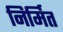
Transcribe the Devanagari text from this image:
निर्मित